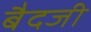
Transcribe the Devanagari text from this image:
बैदजी